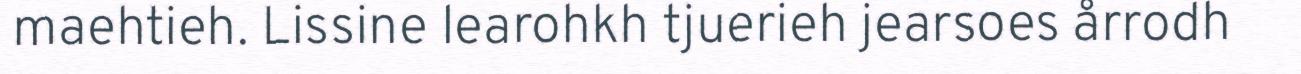
maehtieh. Lissine learohkh tjuerieh jearsoes årrodh